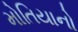
મોતિયાનો